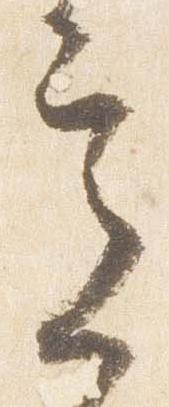
意